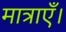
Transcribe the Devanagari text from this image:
मात्राएँ।